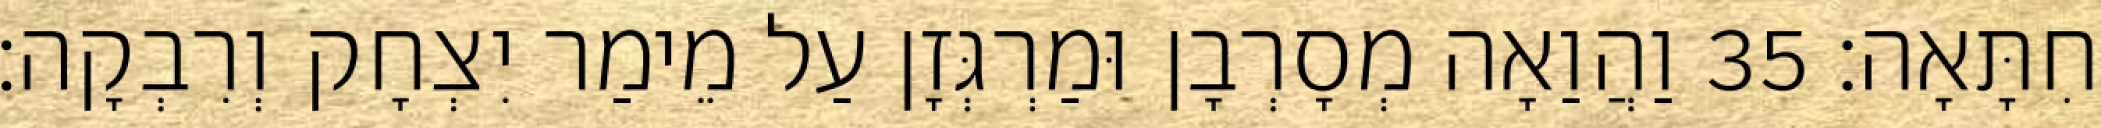
חִתָּאָה׃ 35 וַהֲוַאָה מְסָרְבָן וּמַרְגְּזָן עַל מֵימַר יִצְחָק וְרִבְקָה׃